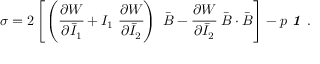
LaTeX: { \boldsymbol { \sigma } } = 2 \left[ \left( { \cfrac { \partial W } { \partial { \bar { I } } _ { 1 } } } + I _ { 1 } ~ { \cfrac { \partial W } { \partial { \bar { I } } _ { 2 } } } \right) ~ { \bar { \boldsymbol { B } } } - { \cfrac { \partial W } { \partial { \bar { I } } _ { 2 } } } ~ { \bar { \boldsymbol { B } } } \cdot { \bar { \boldsymbol { B } } } \right] - p ~ { \boldsymbol { \mathit { 1 } } } ~ .